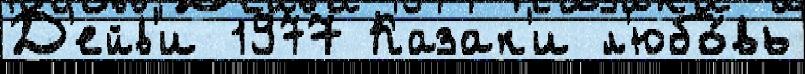
Д'ейв'и 1977 Казак'и л'юбо́вь